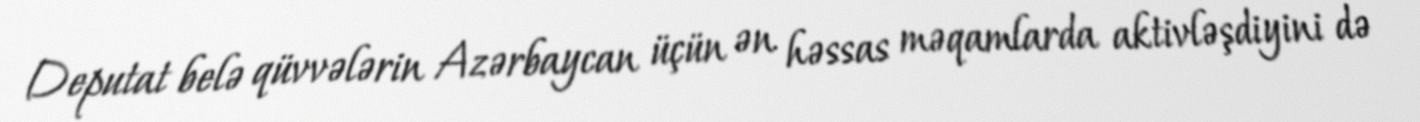
Deputat belə qüvvələrin Azərbaycan üçün ən həssas məqamlarda aktivləşdiyini də